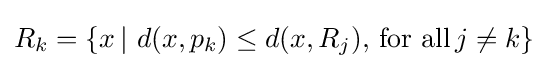
R_{k}=\{x\,|\,\,d(x,p_{k})\leq d(x,R_{j}),\,{\text{for all}}\,j\neq k\}